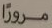
مروراً